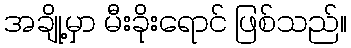
အချို့မှာ မီးခိုးရောင် ဖြစ်သည်။